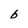
Character: b